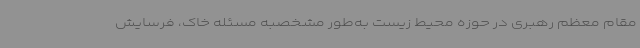
مقام معظم رهبری در حوزه محیط زیست به‌طور مشخصبه مسئله خاک، فرسایش